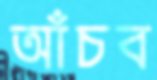
আঁচব